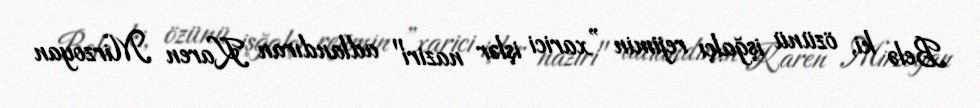
Belə ki, özünü işğalçı rejimin ”xarici işlər naziri" adlandıran Karen Mirzoyan